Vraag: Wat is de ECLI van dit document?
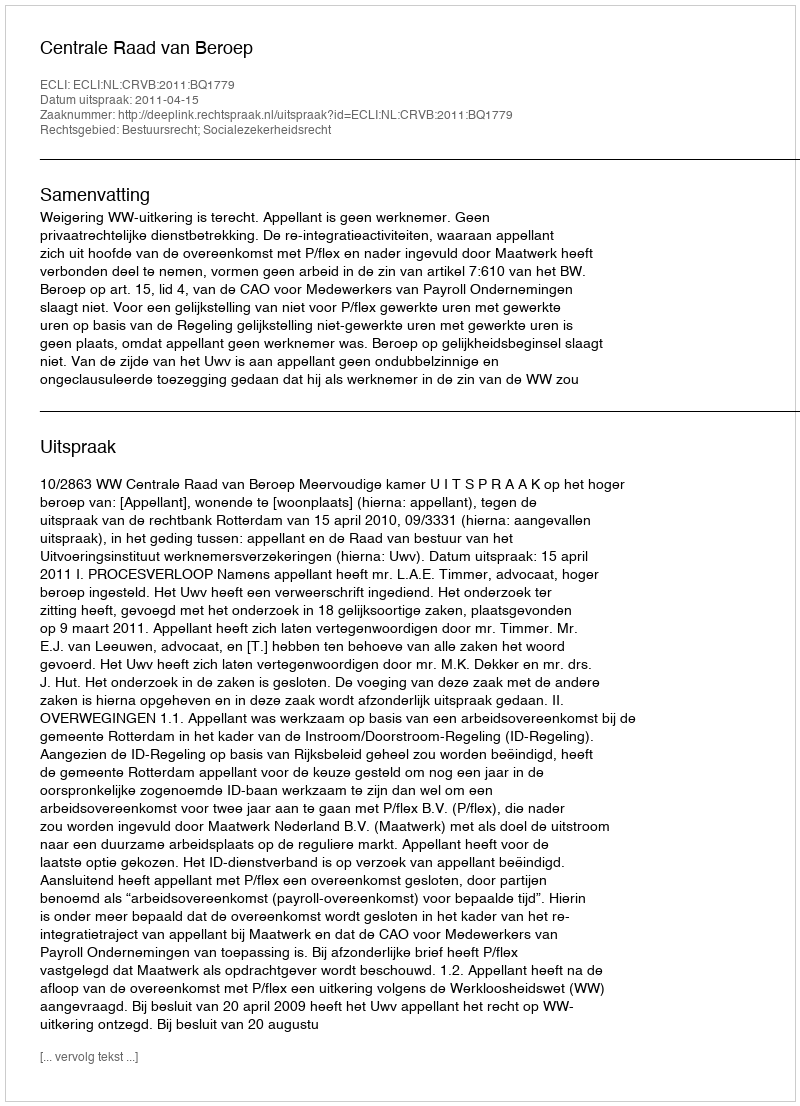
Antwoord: ECLI:NL:CRVB:2011:BQ1779